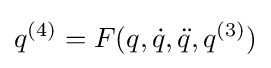
q^{(4)}=F(q,{\dot {q}},{\ddot {q}},q^{(3)})